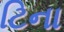
ટિના